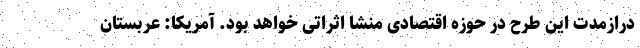
درازمدت این طرح در حوزه اقتصادی منشا اثراتی خواهد بود. آمریکا: عربستان